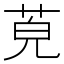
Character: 𦯜